Lunatic asylums Punjab 1881-1894 - 1881-1894
Year: 1881
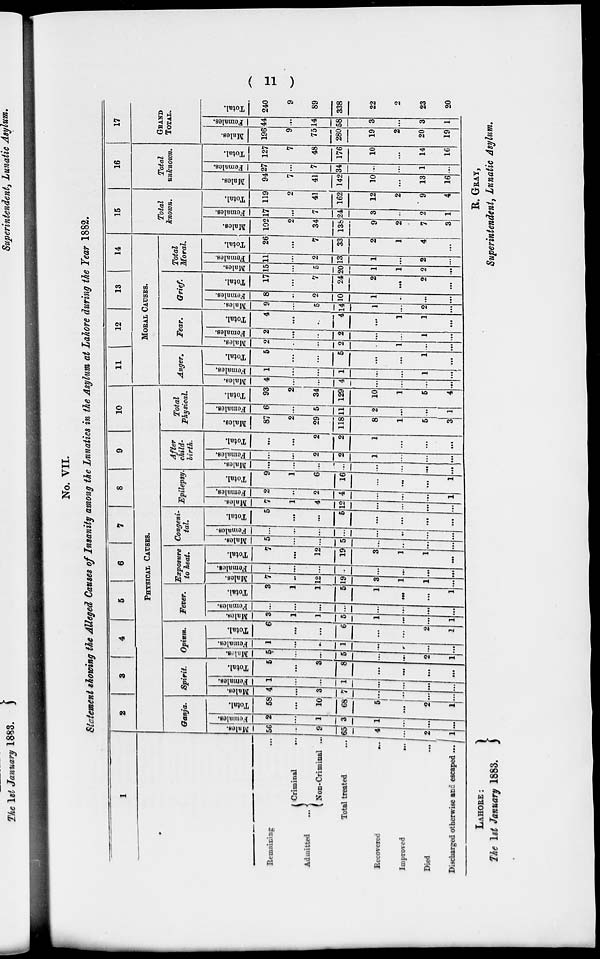
( 11 )
No. VII.
Statement showing the Alleged Causes of Insanity among the Lunatics in the Asylum at Lahore during the Year 1882.
1
Remaining
...
Admitted ...
Criminal ...
Non-Criminal ...
Total treated ...
Recovered
...
Improved ...
Died
...
Discharged otherwise and escaped ...
2
3
4
5
6
7
8
9
10
PHYSICAL CAUSES.
Ganja.
Males.
56
...
9
65
4
...
2
1
Females.
2
...
1
3
1
...
...
...
Total.
58
...
10
68
5
...
2
1
Spirit.
Males.
4
...
3
7
...
...
...
...
Females.
1
...
...
1
...
...
...
...
Total.
5
...
3
8
...
...
...
...
Opium.
Males.
5
...
...
5
...
...
2
1
Females.
1
...
...
1
...
...
...
...
Total.
6
...
...
6
...
...
2
1
Fever.
Males.
3
1
1
5
1
...
...
1
Females.
...
...
...
...
...
...
...
...
Total.
3
1
1
5
1
...
...
1
Exposure
to heat.
Males.
7
...
12
19
3
1
1
...
Females.
...
...
...
...
...
...
...
...
Total.
7
...
12
19
3
1
1
...
Congeni-
tal.
Males.
5
...
...
5
...
...
...
...
Females.
...
...
...
...
...
...
...
...
Total.
5
...
...
5
...
...
...
...
Epilepsy
Males.
7
1
4
12
...
...
...
1
Females.
2
...
2
4
...
...
...
1
Total.
9
1
6
16
...
...
...
...
After
child'
birth.
Males.
...
...
...
...
...
...
...
...
Females.
...
...
2
2
1
...
...
...
Total.
...
...
2
2
1
...
...
...
Total
Physical.
Males.
87
2
29
118
8
1
5
3
Females.
6
...
5
11
2
...
...
1
Total.
93
2
34
129
10
1
5
4
11
12
13
14
MORAL CAUSES.
Anger.
Males.
4
...
...
4
...
...
...
...
Females,
1
...
...
1
...
...
1
...
Total.
5
...
...
5
...
...
1
...
Fear.
Males.
2
...
...
2
...
1
...
...
Females.
2
...
...
2
...
...
1
...
Total.
4
...
...
4
...
1
1
...
Grief.
Males.
9
...
5
14
1
...
2
...
Females.
8
...
2
10
1
...
...
...
Total.
17
...
7
24
2
...
2
...
Total
Moral.
Males.
15
...
5
20
1
1
2
...
Females.
11
...
2
13
1
...
2
...
Total.
26
...
7
33
2
1
4
...
15
Total
known.
Males.
102
2
34
138
9
2
7
3
Females.
17
...
7
24
3
...
2
1
Total.
119
2
41
162
12
2
9
4
16
Total
unknown.
Males.
94
7
41
142
10
...
13
16
Females.
27
...
7
34
...
...
1
...
Total.
127
7
48
176
10
...
14
16
17
GRAND
TOTAL.
Males.
196
9
75
280
19
2
20
19
Females.
44
...
14
58
3
...
3
1
Total.
240
9
89
338
22
2
23
20
LAHORE:
The 1st January 1883.
R. GRAY,
Superintendent, Lunatic Asylum.